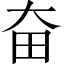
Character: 奋